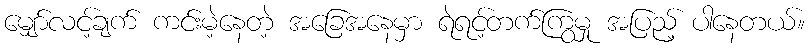
မျှော်လင့်ချက် ကင်းမဲ့နေတဲ့ အခြေအနေမှာ ရဲရင့်တက်ကြွမှု အပြည့် ပါနေတယ်။